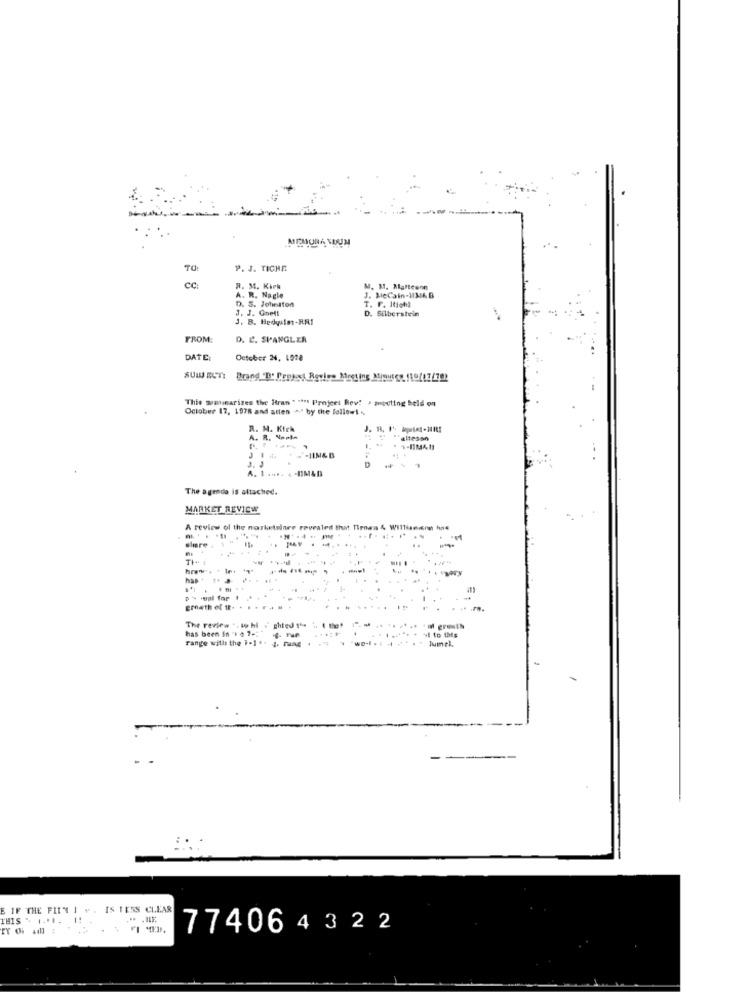
MEMORA YOUN
TO
P. J. TICHE
CC
R. M. Kirk
A. R. Nagle
D. S. Johnston
J. MeCain-113/4 B
J. J. Goell
T. F. Itichl
D. Silberstein
J. B. Hedyaist-RAI
FROM:
D. C. SPANGLER
DATE:
October 24, 1978
SUW EUTI
Brand "D' Projext Review Meeting Minutes (19/07/70)
This seminarizes the Hran " """ Projeet Bev! > muocting held on
October 17, 1978 and atten +" by the follow!
R. M. Kirk
A. R. Nopta
"altessn
A. 1 .... 4-UM4D
The agenda is attached.
MARKET REVIEW
A review of the marketeiner revealed that Tirnas & Wil
simre
TH.
Dy -wal for I
growth of tt+
The review . . to hi . ghted 1. .. ( thet 1".
....
vi to this
has been in "1 4 7-17 ig. TuP
Fange will the 1-1'+ J. rung . ..
Jumel.
E IF THE FILM I + . IS TE55 CLEAR
THIS .. .....
774064322